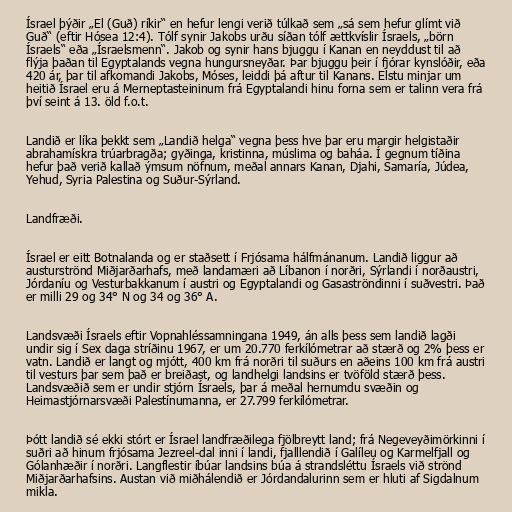
Ísrael þýðir „El (Guð) ríkir“ en hefur lengi verið túlkað sem „sá sem hefur glímt við
Guð“ (eftir Hósea 12:4). Tólf synir Jakobs urðu síðan tólf ættkvíslir Ísraels, „börn
Ísraels“ eða „Ísraelsmenn“. Jakob og synir hans bjuggu í Kanan en neyddust til að
flýja þaðan til Egyptalands vegna hungursneyðar. Þar bjuggu þeir í fjórar kynslóðir, eða
420 ár, þar til afkomandi Jakobs, Móses, leiddi þá aftur til Kanans. Elstu minjar um
heitið Ísrael eru á Merneptasteininum frá Egyptalandi hinu forna sem er talinn vera frá
því seint á 13. öld f.o.t.

Landið er líka þekkt sem „Landið helga“ vegna þess hve þar eru margir helgistaðir
abrahamískra trúarbragða; gyðinga, kristinna, múslima og baháa. Í gegnum tíðina
hefur það verið kallað ýmsum nöfnum, meðal annars Kanan, Djahi, Samaría, Júdea,
Yehud, Syria Palestina og Suður-Sýrland.

Landfræði.

Ísrael er eitt Botnalanda og er staðsett í Frjósama hálfmánanum. Landið liggur að
austurströnd Miðjarðarhafs, með landamæri að Líbanon í norðri, Sýrlandi í norðaustri,
Jórdaníu og Vesturbakkanum í austri og Egyptalandi og Gasaströndinni í suðvestri. Það
er milli 29 og 34° N og 34 og 36° A.

Landsvæði Ísraels eftir Vopnahléssamningana 1949, án alls þess sem landið lagði
undir sig í Sex daga stríðinu 1967, er um 20.770 ferkílómetrar að stærð og 2% þess er
vatn. Landið er langt og mjótt, 400 km frá norðri til suðurs en aðeins 100 km frá austri
til vesturs þar sem það er breiðast, og landhelgi landsins er tvöföld stærð þess.
Landsvæðið sem er undir stjórn Ísraels, þar á meðal hernumdu svæðin og
Heimastjórnarsvæði Palestínumanna, er 27.799 ferkílómetrar.

Þótt landið sé ekki stórt er Ísrael landfræðilega fjölbreytt land; frá Negeveyðimörkinni í
suðri að hinum frjósama Jezreel-dal inni í landi, fjalllendið í Galíleu og Karmelfjall og
Gólanhæðir í norðri. Langflestir íbúar landsins búa á strandsléttu Ísraels við strönd
Miðjarðarhafsins. Austan við miðhálendið er Jórdandalurinn sem er hluti af Sigdalnum
mikla.